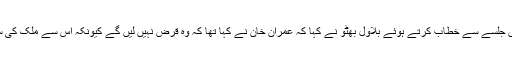
گھوٹکی کے علاقے خان گڑھ میں جلسے سے خطاب کرتے ہوئے بلاول بھٹو نے کہا کہ عمران خان نے کہا تھا کہ وہ قرض نہیں لیں گے کیونکہ اس سے ملک کی سلامتی گروی میں چلی جاتی ہے۔